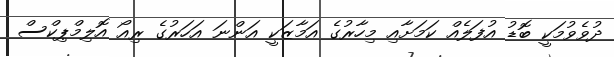
ދުވެވުމަކީ ބޮޑު އުފަލެއް ކަމަށާއި މިހާރުގެ އަމާޒަކީ އަންނަ އަހަރުގެ ރިއޯ އޮލިމްޕިކްސް